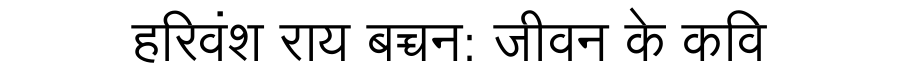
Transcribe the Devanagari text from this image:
हरिवंश राय बच्चन: जीवन के कवि